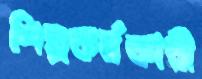
শিল্পকর্মকারী